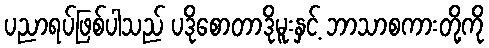
ပညာရပ်ဖြစ်ပါသည် ပဒိုစောတာဒိုမူးနှင့် ဘာသာစကားတို့ကို